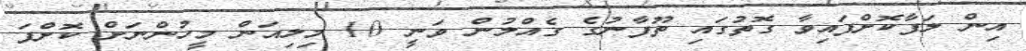
އިން ލަފާކޮށްފައިވާ ގޮތުގައި ތޫފާނުގެ ގެއްލުން ވަނީ 10 މިލިއަން މީހުންނަށް ކޮށްފަ